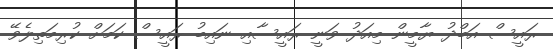
ރައީސް އަބްދު ޔާމީން މިއަދު ވަނީ ރައީސާއި ނައިބު ރައީސް ކަމަށް ކުރިމަތިލެވޭ